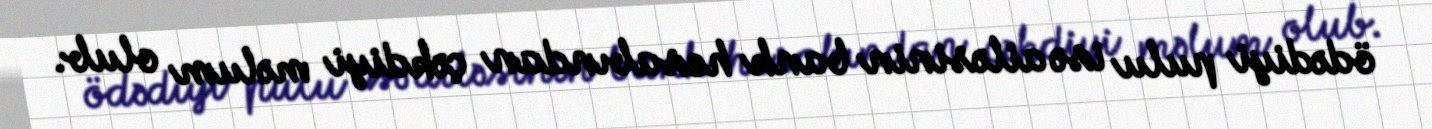
ödədiyi pulu isə ailəsinin bank hesabından çəkdiyi məlum olub.